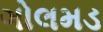
ગોલમડ